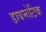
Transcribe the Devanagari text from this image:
डायनोटिक